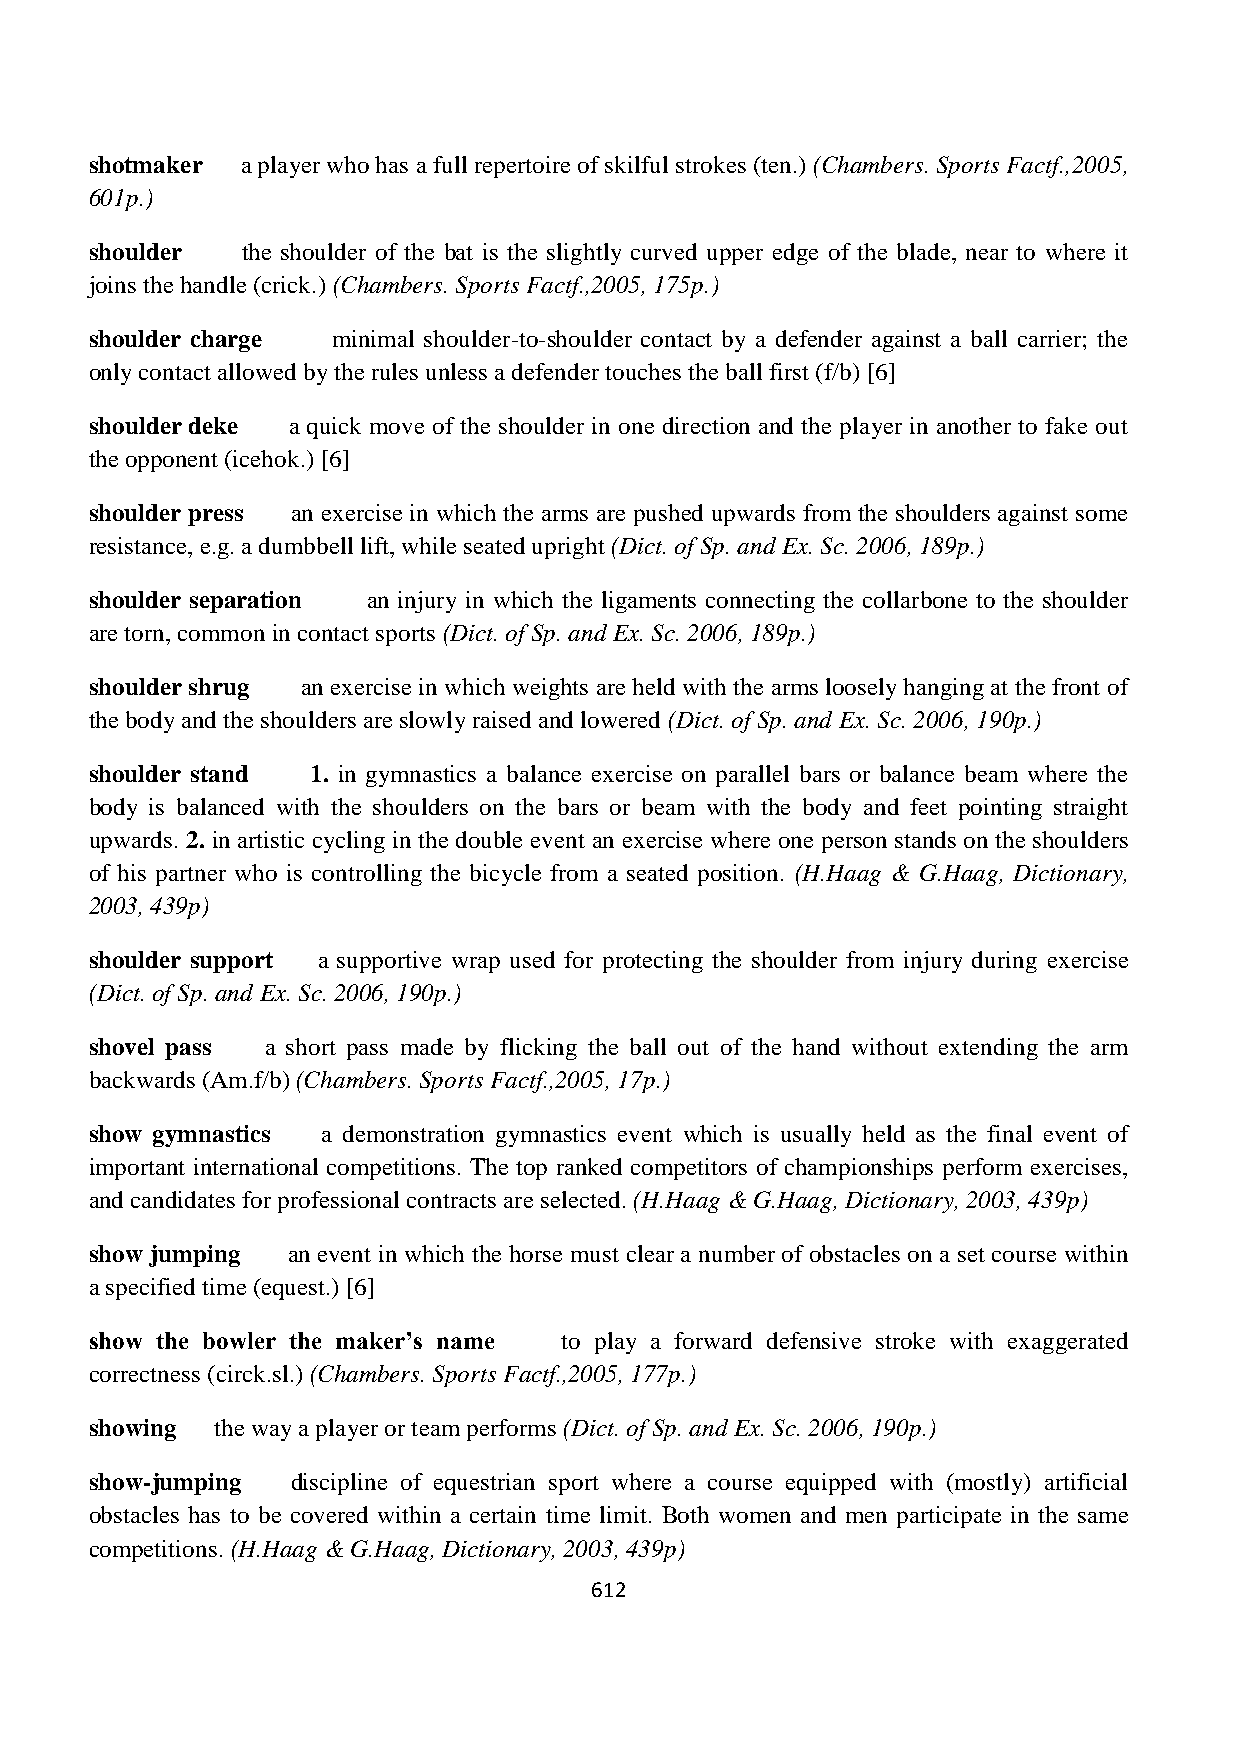
shotmaker a player who has a full repertoire of skilful strokes (ten.) (Chambers. Sports Factf.,2005,
 601p.)
 shoulder  the shoulder of the bat is the slightly curved upper edge of the blade, near to where it
 joins the handle (crick.) (Chambers. Sports Factf.,2005, 175p.)
 shoulder charge minimal shoulder-to-shoulder contact by a defender against a ball carrier; the
 only contact allowed by the rules unless a defender touches the ball first (f/b) [6]
 shoulder deke a quick move of the shoulder in one direction and the player in another to fake out
 the opponent (icehok.) [6]
 shoulder press an exercise in which the arms are pushed upwards from the shoulders against some
 resistance, e.g. a dumbbell lift, while seated upright (Dict. of Sp. and Ex. Sc. 2006, 189p.)
 shoulder separation an injury in which the ligaments connecting the collarbone to the shoulder
 are torn, common in contact sports (Dict. of Sp. and Ex. Sc. 2006, 189p.)
 shoulder shrug an exercise in which weights are held with the arms loosely hanging at the front of
 the body and the shoulders are slowly raised and lowered (Dict. of Sp. and Ex. Sc. 2006, 190p.)
 shoulder stand 1. in gymnastics a balance exercise on parallel bars or balance beam where the
 body is balanced with the shoulders on the bars or beam with the body and feet pointing straight
 upwards. 2. in artistic cycling in the double event an exercise where one person stands on the shoulders
 of his partner who is controlling the bicycle from a seated position. (H.Haag & G.Haag, Dictionary,
 2003, 439p)
 shoulder support a supportive wrap used for protecting the shoulder from injury during exercise
 (Dict. of Sp. and Ex. Sc. 2006, 190p.)
 shovel pass a short pass made by flicking the ball out of the hand without extending the arm
 backwards (Am.f/b) (Chambers. Sports Factf.,2005, 17p.)
 show gymnastics a demonstration gymnastics event which is usually held as the final event of
 important international competitions. The top ranked competitors of championships perform exercises,
 and candidates for professional contracts are selected. (H.Haag & G.Haag, Dictionary, 2003, 439p)
 show jumping an event in which the horse must clear a number of obstacles on a set course within
 a specified time (equest.) [6]
 show the bowler the maker’s name to play a forward defensive stroke with exaggerated
 correctness (circk.sl.) (Chambers. Sports Factf.,2005, 177p.)
 showing the way a player or team performs (Dict. of Sp. and Ex. Sc. 2006, 190p.)
 show-jumping discipline of equestrian sport where a course equipped with (mostly) artificial
 obstacles has to be covered within a certain time limit. Both women and men participate in the same
 competitions. (H.Haag & G.Haag, Dictionary, 2003, 439p)
 612